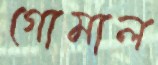
গোমাল